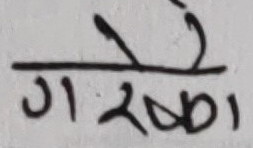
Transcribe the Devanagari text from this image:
गै रक्षा